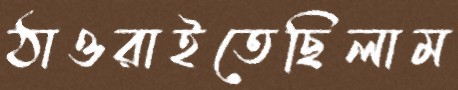
ঠাওরাইতেছিলাম